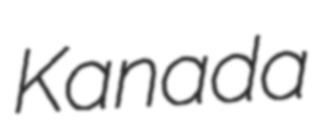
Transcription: Kanada